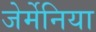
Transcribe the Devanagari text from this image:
जेर्मेनिया